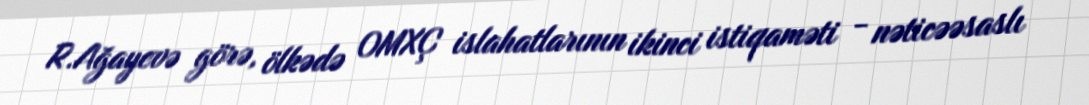
R.Ağayevə görə, ölkədə OMXÇ islahatlarının ikinci istiqaməti - nəticəəsaslı